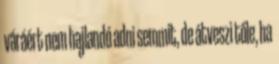
váráért nem hajlandó adni semmit, de átveszi tőle, ha